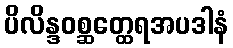
ပိလိန္ဒဝစ္ဆတ္ထေရအပဒါနံ